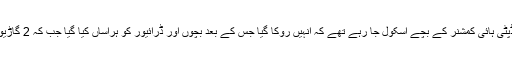
ایک اور واقعہ میں پاکستان کے ڈپٹی ہائی کمشنر کے بچے اسکول جا رہے تھے کہ انہیں روکا گیا جس کے بعد بچوں اور ڈرائیور کو ہراساں کیا گیا جب کہ 2 گاڑیوں کے ایکسیڈنٹ بھی کیے گئے۔